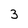
Character: 3